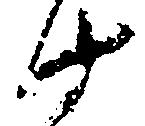
十